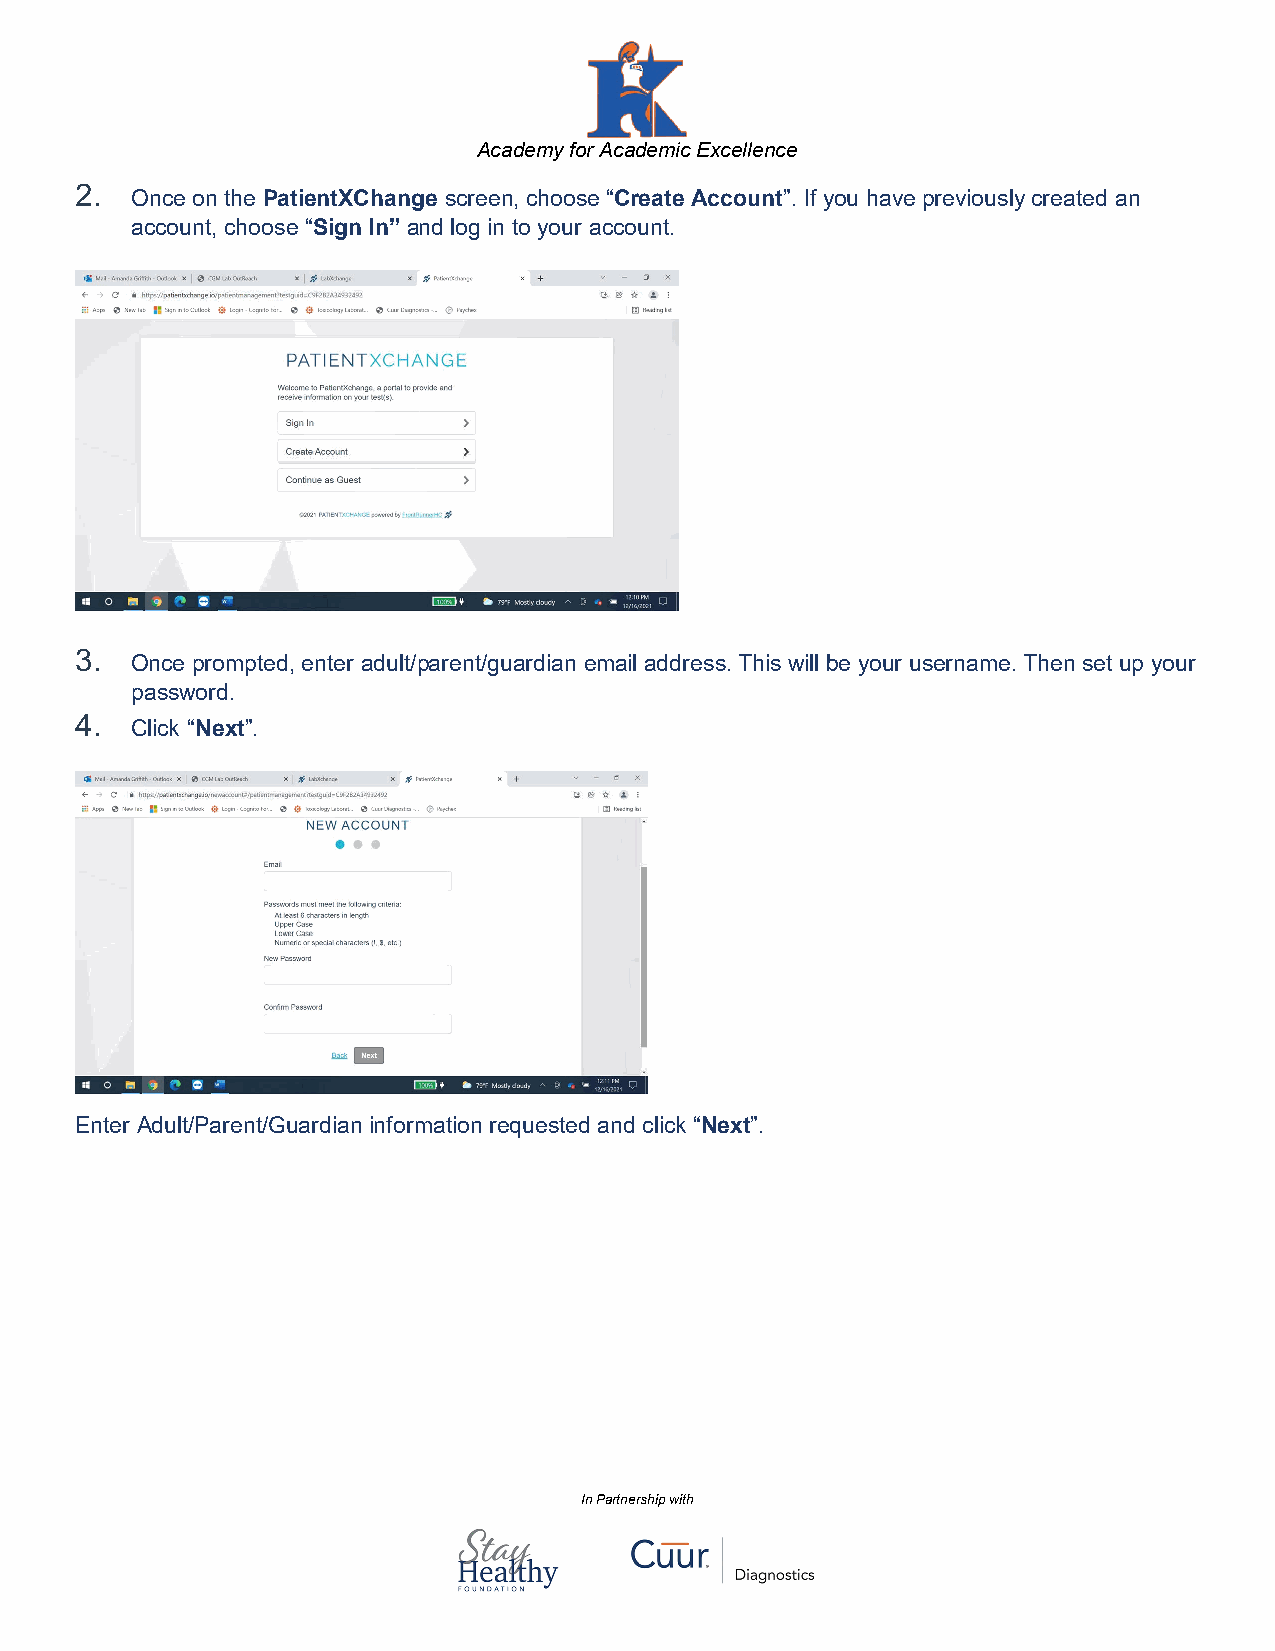
Academy for Academic Excellence
 2.  Once on the PatientXChange screen, choose “Create Account”. If you have previously created an
 account, choose “Sign In” and log in to your account.
 3.  Once prompted, enter adult/parent/guardian email address. This will be your username. Then set up your
 password.
 4.  Click “Next”.
 Enter Adult/Parent/Guardian information requested and click “Next”.
 In Partnership with